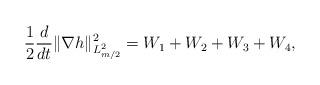
LaTeX: \begin{align*}\frac{1}{2}\frac{d}{dt}\|\nabla h\|^{2}_{L^{2}_{m/2}}=W_{1}+W_{2}+W_{3}+W_{4},\end{align*}